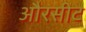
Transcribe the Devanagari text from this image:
औरसीट